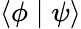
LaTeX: \langle\phi\mid\psi\rangle